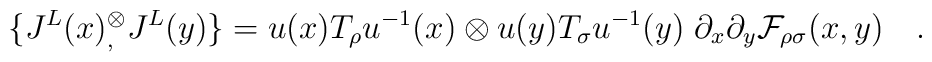
\{J^L (x){}^\otimes_,J^L(y)\} =u(x)T_\rho u^{-1}(x)\otimes u(y)T_\sigma u^{-1}(y)  \;\partial_x \partial_y {\cal F}_{\rho\sigma}(x,y)\quad.